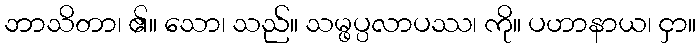
ဘာသိတာ၊ ၏။ သော၊ သည်။ သမ္ဖပ္ပလာပဿ၊ ကို။ ပဟာနာယ၊ ငှာ။